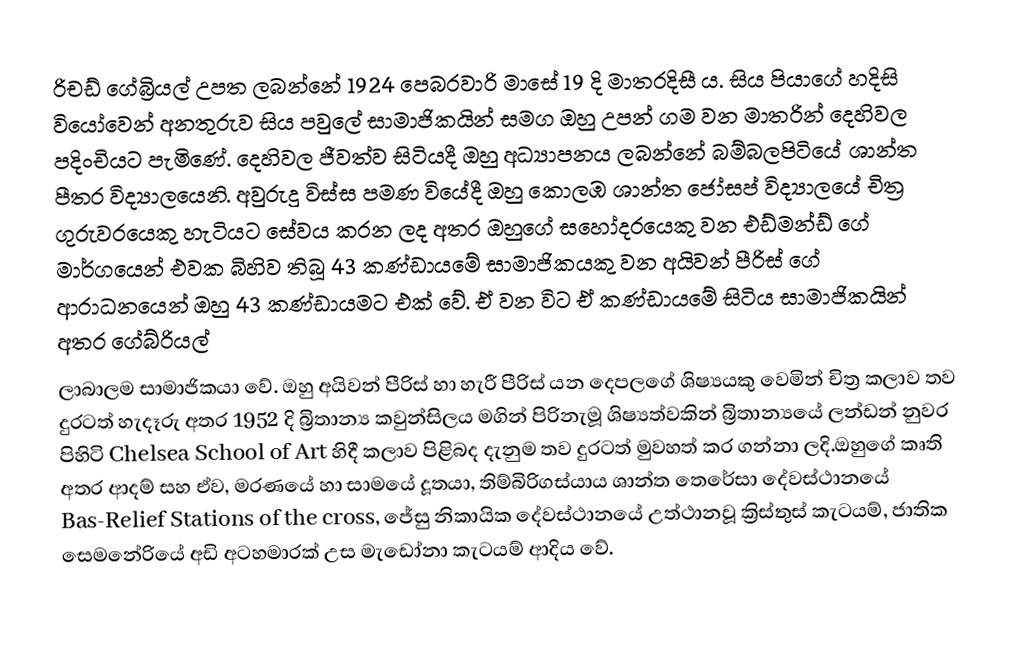
රිචඩ් ගේබ්‍රියල්  උපත ලබන්නේ 1924 පෙබරවාරි මාසේ 19 දි මාතරදිසී ය. සිය පියාගේ හදිසි වියෝවෙන් අනතුරුව සිය පවුලේ සාමාජිකයින් සමග ඔහු උපන් ගම වන මාතරින්  දෙහිවල පදිංචියට පැමිණේ. දෙහිවල ජීවත්ව සිටියදී ඔහු අධ්‍යාපනය ලබන්නේ බම්බලපිටියේ ශාන්ත පීතර විද්‍යාලයෙනි. අවුරුදු විස්ස පමණ  වියේදී ඔහු කොලඹ ශාන්ත ජෝසප් විද්‍යාලයේ චිත්‍ර ගුරුවරයෙකු හැටියට සේවය කරන ලද අතර  ඔහුගේ සහෝදරයෙකු වන එඩ්මන්ඩ් ගේ මාර්ගයෙන් එවක බිහිව තිබූ 43 කණ්ඩායමේ සාමාජිකයකු වන අයිවන් පීරිස් ගේ ආරාධනයෙන් ඔහු 43 කණ්ඩායමට එක් වේ. ඒ වන විට ඒ කණ්ඩායමේ සිටිය සාමාජිකයින් අතර ගේබ්රියල්
ලාබාලම සාමාජිකයා වේ.  ඔහු අයිවන් පීරිස් හා හැරී පීරිස් යන දෙපලගේ ශිෂ්‍යයකු වෙමින් චිත්‍ර කලාව තව දුරටත් හැදෑරු අතර 1952 දි බ්‍රිතාන්‍ය කවුන්සිලය මගින් පිරිනැමූ ශිෂ්‍යත්වකින් බ්‍රිතාන්‍යයේ ලන්ඩන් නුවර පිහිටි Chelsea School of Art හිදී කලාව පිළිබද දැනුම තව දුරටත් මුවහත් කර ගන්නා ලදි.ඔහුගේ කෘති අතර ආදම් සහ ඒව, මරණයේ හා සාමයේ දූතයා, තිම්බිරිගස්යාය ශාන්ත තෙරේසා දේවස්ථානයේ Bas-Relief Stations of the cross, ජේසු නිකායික දේවස්ථානයේ  උත්ථානවූ ක්‍රිස්තුස් කැටයම්, ජාතික සෙමනේරියේ අඩි අටහමාරක් උස මැඩෝනා කැටයම් ආදිය වේ.